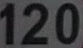
120